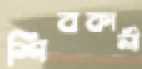
শিবকালী